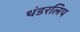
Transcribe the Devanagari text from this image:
थंडरलिप